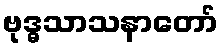
ဗုဒ္ဓသာသနာတော်